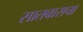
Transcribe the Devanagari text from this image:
सातबाराचा